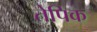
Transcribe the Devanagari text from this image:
तेपिक